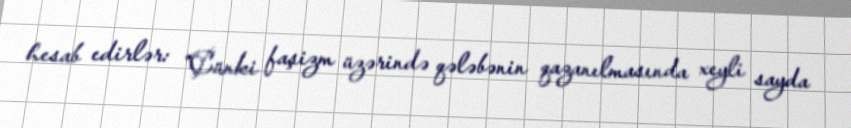
hesab edirlər: “Çünki faşizm üzərində qələbənin qazanılmasında xeyli sayda